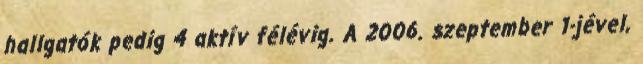
hallgatók pedig 4 aktív félévig. A 2006. szeptember 1-jével,